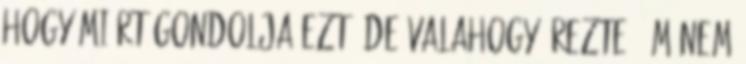
hogy miért gondolja ezt, de valahogy érezte, ám nem